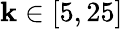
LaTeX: \mathbf{k}\in[5,25]